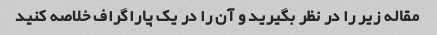
مقاله زیر را در نظر بگیرید و آن را در یک پاراگراف خلاصه کنید